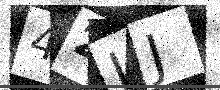
Text: 42JJ